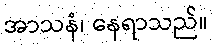
အာသနံ၊ နေရာသည်။